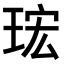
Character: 𤥠